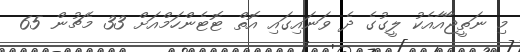
މި ނަތީޖާއާއެކު ލީގުގެ ދެ ވަނައިގައި އޮތް ޓޮޓެންހަމްއަށް 33 މެޗުން 65